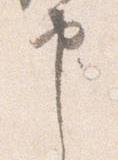
申